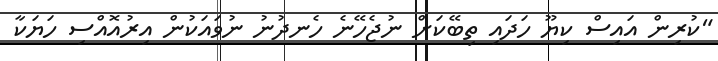
"ކުރިން އައިސް ކިޔޫ ހަދައި ތިބޭކަށް ނުޖެހޭނެ ހެނދުނު ނުވައަކުން އިރުއޮއްސި ހަޔަކާ